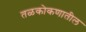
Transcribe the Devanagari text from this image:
तळकोकणातील